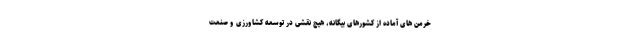
خرمن های آماده از کشورهای بیگانه، هیچ نقشی در توسعه کشاورزی و صنعت